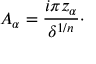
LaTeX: { \cal A } _ { \alpha } = { \frac { i \pi z _ { \alpha } } { \delta ^ { 1 / n } } } \cdotp